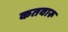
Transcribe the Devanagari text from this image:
कतवारू